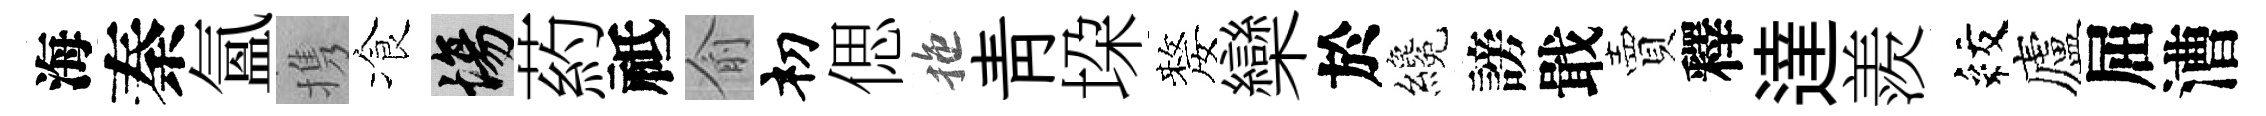
海秦氲携飡場葯祗俞𥘉偲拖靑垜嫠欒於纔謗戢賣釋達羨紋廬屈漕